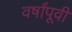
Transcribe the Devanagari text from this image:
वर्षांपूवी